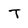
Character: T